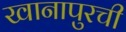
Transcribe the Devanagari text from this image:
खानापुरची